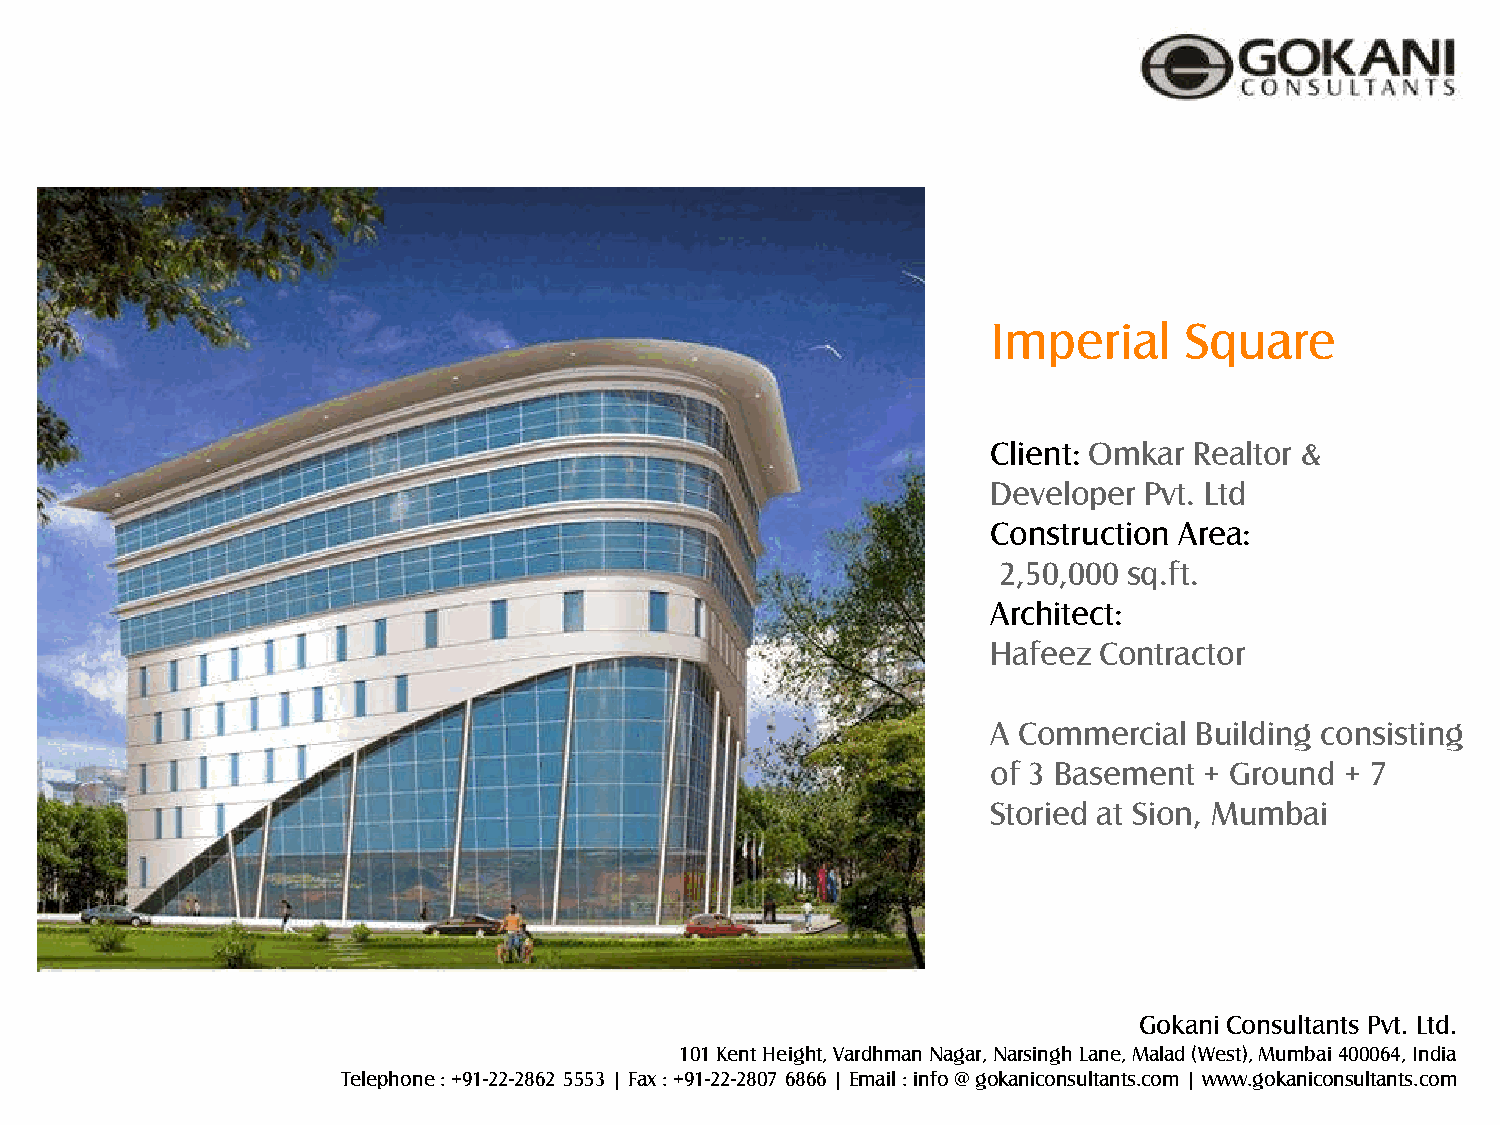
Imperial    Square
 Client: Omkar Realtor &
 Developer Pvt. Ltd
 Construction Area:
 2,50,000 sq.ft.
 Architect:
 Hafeez Contractor
 A Commercial Building consisting
 of 3 Basement + Ground + 7
 Storied at Sion, Mumbai
 Gokani Consultants Pvt. Ltd.
 101 Kent Height, Vardhman Nagar, Narsingh Lane, Malad (West), Mumbai 400064, India
 Telephone : +91-22-2862 5553 | Fax : +91-22-2807 6866 | Email : info @ gokaniconsultants.com | www.gokaniconsultants.com